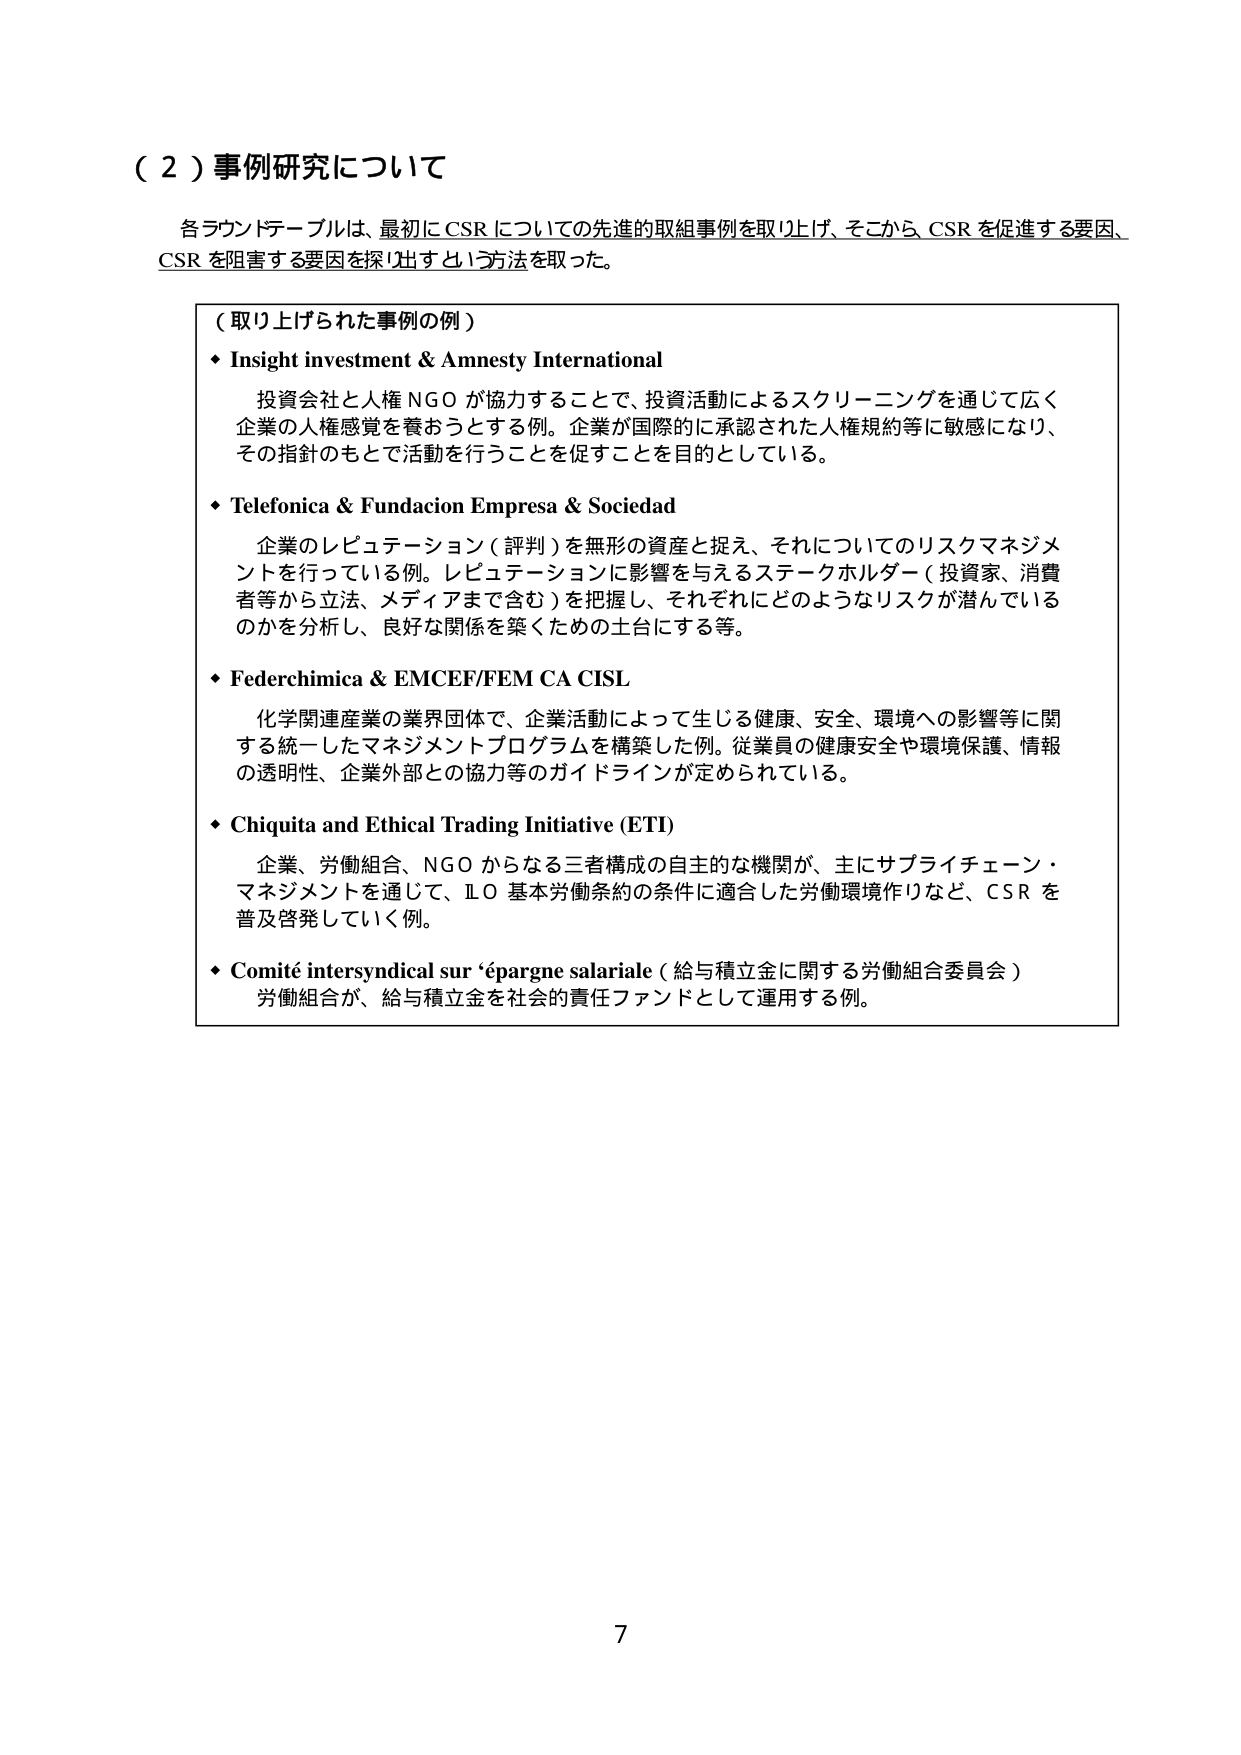
（２）事例研究について

各ラウンドテーブルは、最初にCSRについての先進的取組事例を取り上げ、そこからCSRを促進する要因、CSRを阻害する要因を探り出すという方法を取った。

（取り上げられた事例の例）

・Insight investment & Amnesty International
投資会社と人権NGOが協力することで、投資活動によるスクリーニングを通じて広く企業の人権感覚を養おうとする例。企業が国際的に承認された人権規約等に敏感になり、その指針のもとで活動を行うことを促すことを目的としている。

・Telefonica & Fundacion Empresa & Sociedad
企業のレピュテーション（評判）を無形の資産と捉え、それについてのリスクマネジメントを行っている例。レピュテーションに影響を与えるステークホルダー（投資家、消費者等から立法、メディアまで含む）を把握し、それぞれにどのようなリスクが潜んでいるのかを分析し、良好な関係を築くための土台にする等。

・Federchimica & EMCEF/FEM CA CISL
化学関連産業の業界団体で、企業活動によって生じる健康、安全、環境への影響等に関する統一したマネジメントプログラムを構築した例。従業員の健康安全や環境保護、情報の透明性、企業外部との協力等のガイドラインが定められている。

・Chiquita and Ethical Trading Initiative (ETI)
企業、労働組合、NGOからなる三者構成の自主的な機関が、主にサプライチェーン・マネジメントを通じて、ILO基本労働条約の条件に適合した労働環境作りなど、CSRを普及啓発していく例。

・Comité intersyndical sur 'épargne salariale（給与積立金に関する労働組合委員会）
労働組合が、給与積立金を社会的責任ファンドとして運用する例。

7